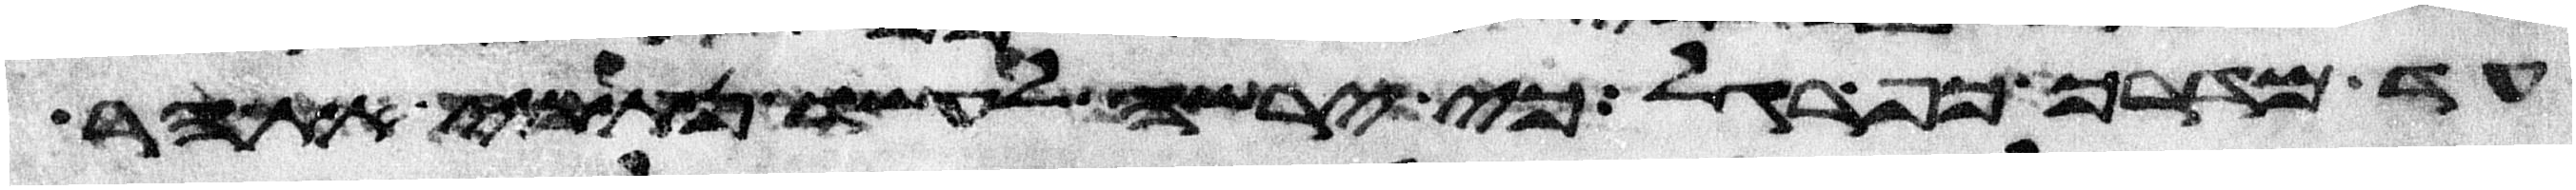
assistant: עד מדרך כף רגל כי ירשה לעשו נתתי את הר